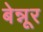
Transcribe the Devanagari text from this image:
बेन्नूर